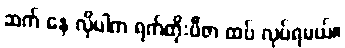
ဆက် နေ လိုပါက ရက်တိုးဗီဇာ ထပ် လုပ်ရမယ်။